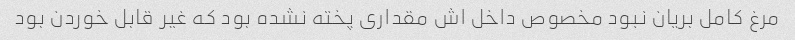
مرغ کامل بریان نبود مخصوص داخل اش مقداری پخته نشده بود که غیر قابل خوردن بود